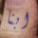
ابنا